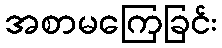
အစာမကြေခြင်း